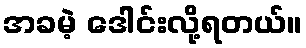
အခမဲ့ ဒေါင်းလို့ရတယ်။